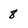
Character: 8